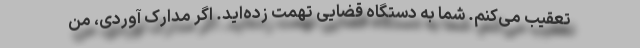
تعقیب می‌کنم. شما به دستگاه قضایی تهمت زده‌اید. اگر مدارک آوردی، من